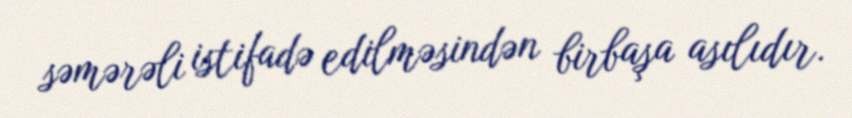
səmərəli istifadə edilməsindən birbaşa asılıdır.